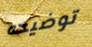
توضيحه